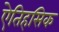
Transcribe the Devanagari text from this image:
एेतिहसिक